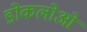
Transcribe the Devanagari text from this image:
डोकलोओ